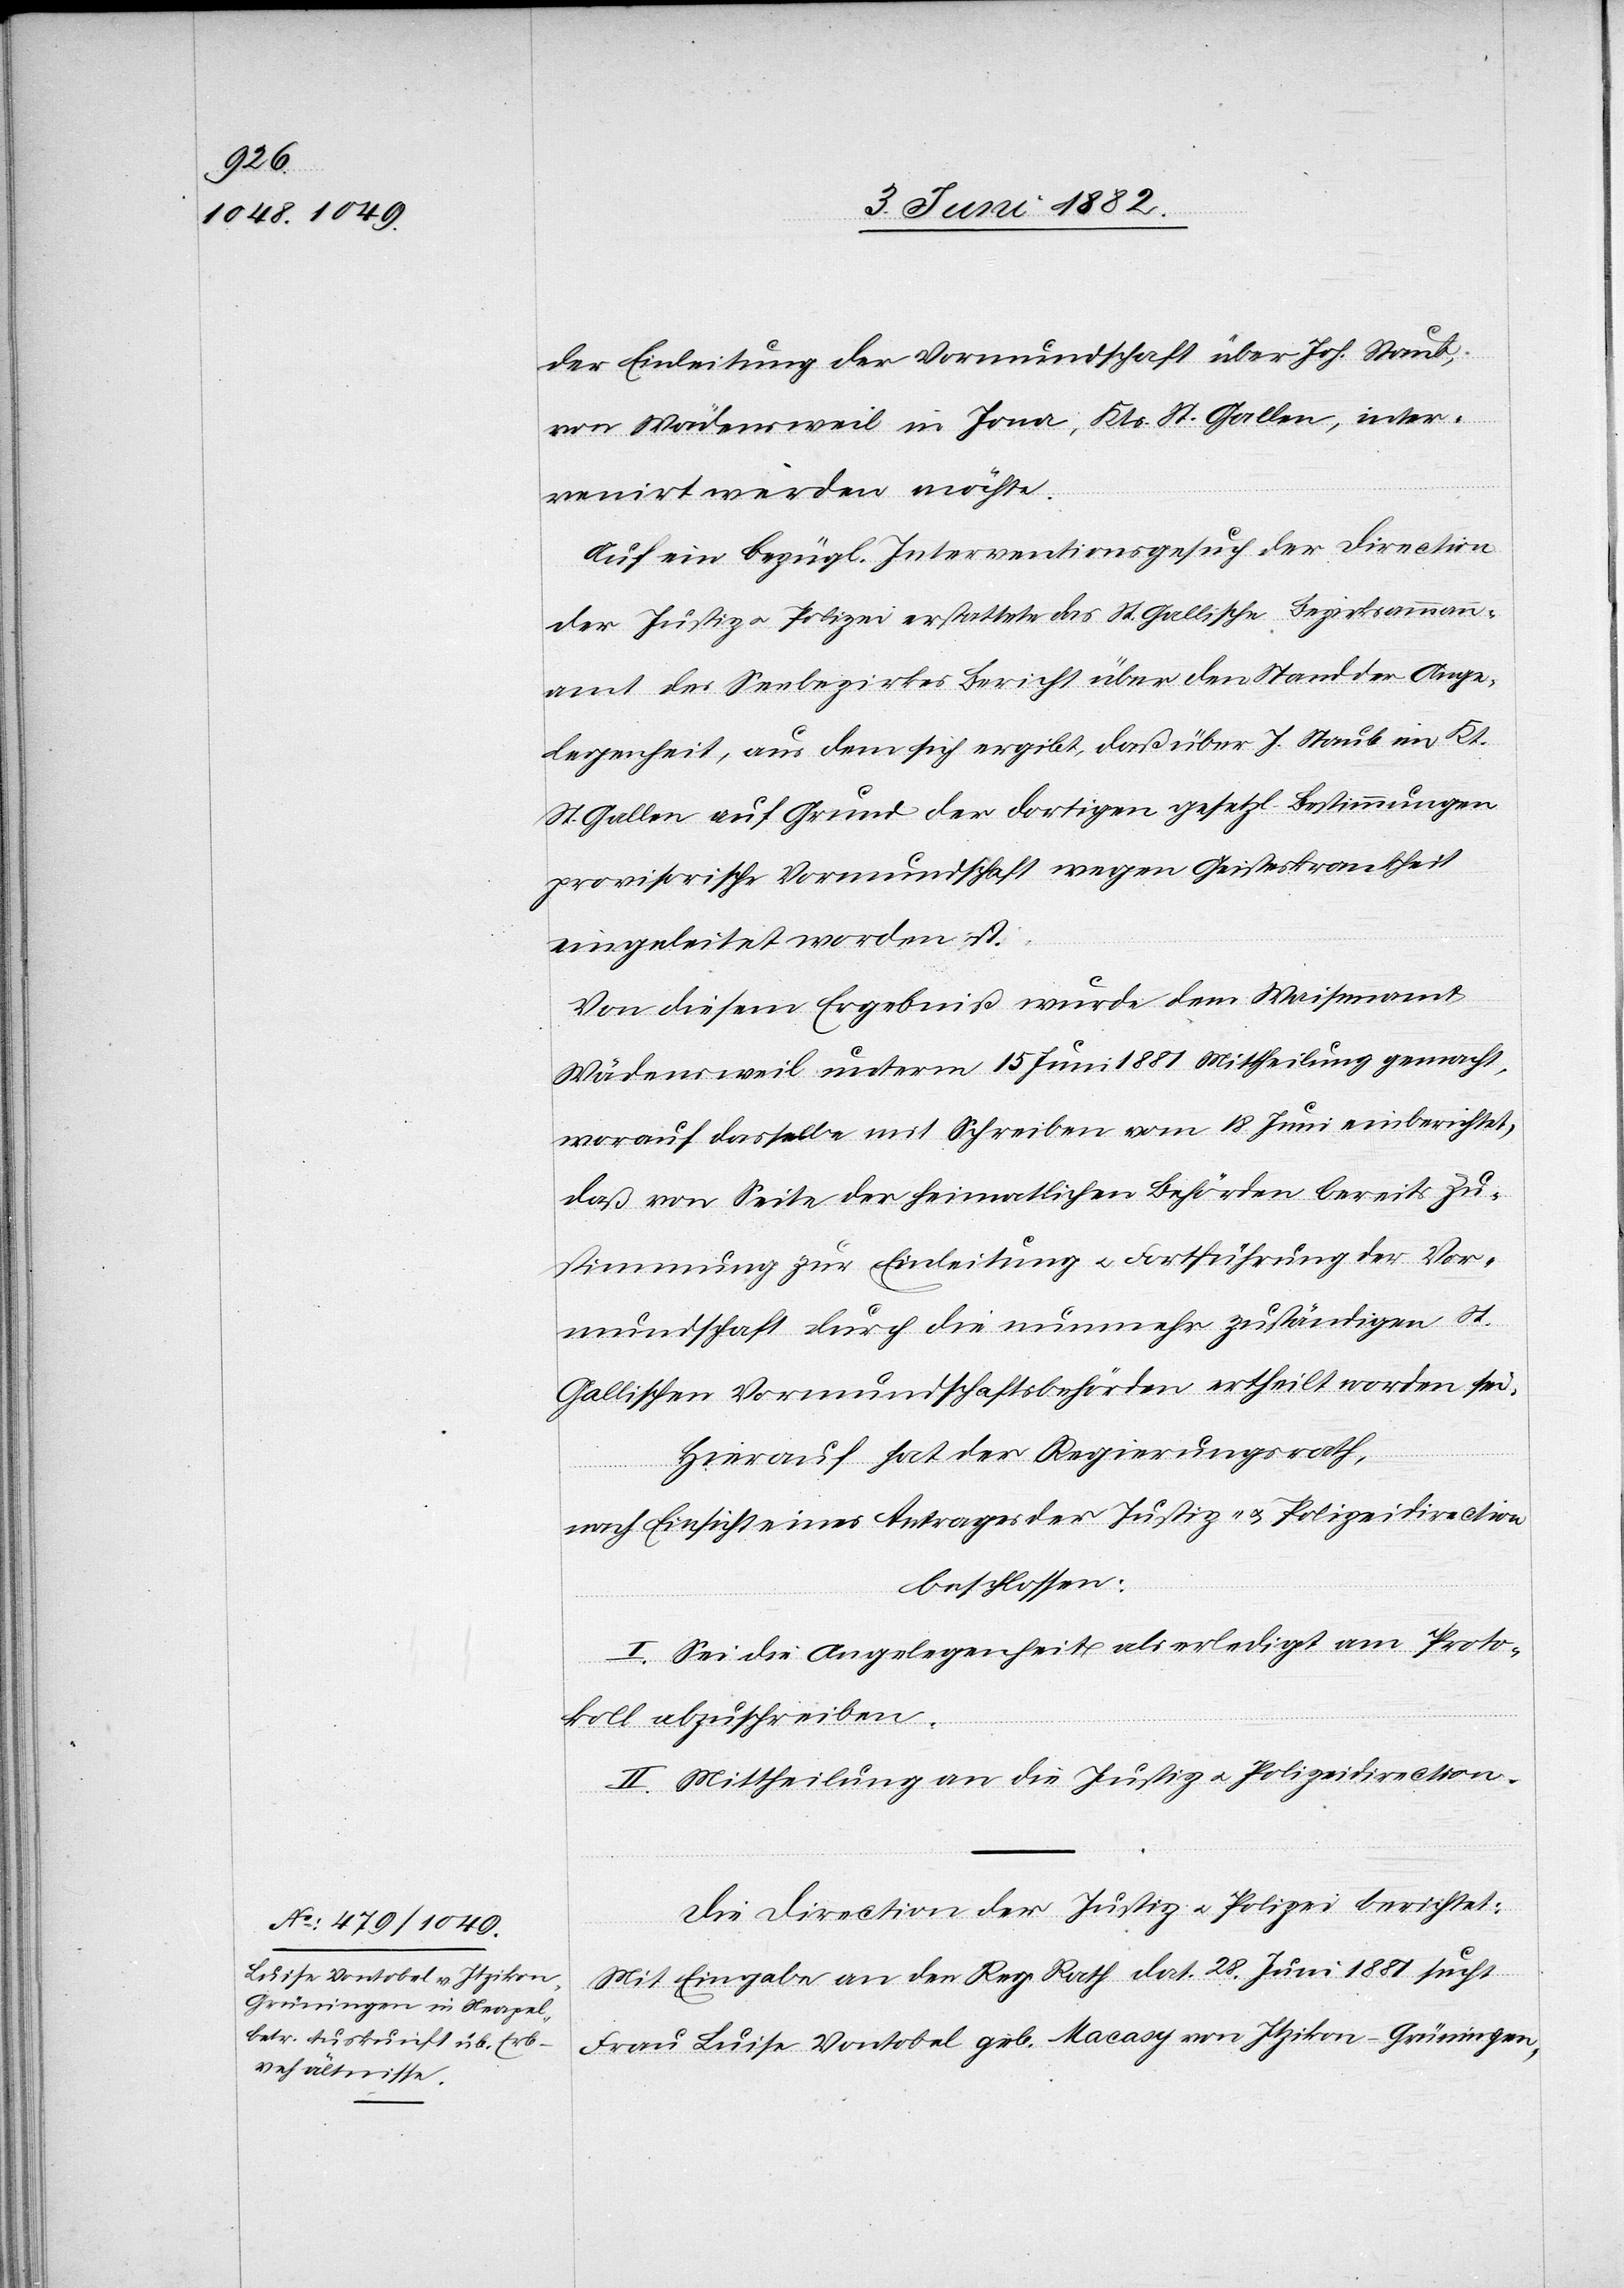
der Einleitung der Vormundschaft über Joh. Staub,
von Wädensweil in Jona, Kts. St. Gallen, inter¬
venirt werden möchte.
Auf ein bezügl. Interventionsgesuch der Direction
der Justiz u. Polizei erstattete das St. Gallische Bezirksammann¬
amt des Seebezirkes Bericht über den Stand der Ange¬
legenheit, aus dem sich ergibt, daß über J. Staub im Kt.
St. Gallen auf Grund der dortigen gesetzl. Bestimmungen
provisorische Vormundschaft wegen Geisteskrankheit
eingeleitet worden ist.
Von diesem Ergebniß wurde dem Waisenamt
Wädensweil unterm 15. Juni 1881 Mittheilung gemacht,
worauf dasselbe mit Schreiben vom 18. Juni einberichtet,
daß von Seite der heimatlichen Behörden bereits Zu¬
stimmung zur Einleitung u. Fortführung der Vor¬
mundschaft durch die nunmehr zuständigen St.
Gallischen Vormundschaftsbehörden ertheilt worden sei.
Hierauf hat der Regierungsrath,
nach Einsicht eines Antrages der Justiz- u. Polizeidirection,
beschlossen:
I. Sei die Angelegenheit als erledigt am Proto¬
koll abzuschreiben.
II. Mittheilung an die Justiz- u. Polizeidirection.
Die Direction der Justiz u. Polizei berichtet:
Mit Eingabe an den Reg. Rath dat. 28. Juni 1881 sucht
Frau Luise Vontobel geb. Macasy von Itzikon - Grüningen,